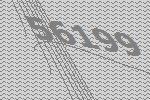
56199